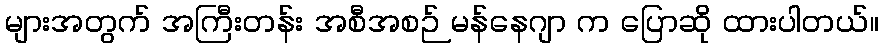
များအတွက် အကြီးတန်း အစီအစဉ် မန်နေဂျာ က ပြောဆို ထားပါတယ်။